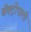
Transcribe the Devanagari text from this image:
बॅक्ट्रोपाली